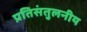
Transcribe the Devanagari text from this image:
प्रतिसंतुलनीय